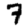
Digit: 7